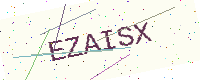
Text: EZAISX